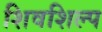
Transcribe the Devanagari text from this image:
शिवशिल्प